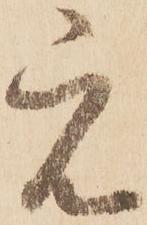
元